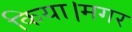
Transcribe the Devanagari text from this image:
किया।मगर